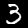
Label: 3